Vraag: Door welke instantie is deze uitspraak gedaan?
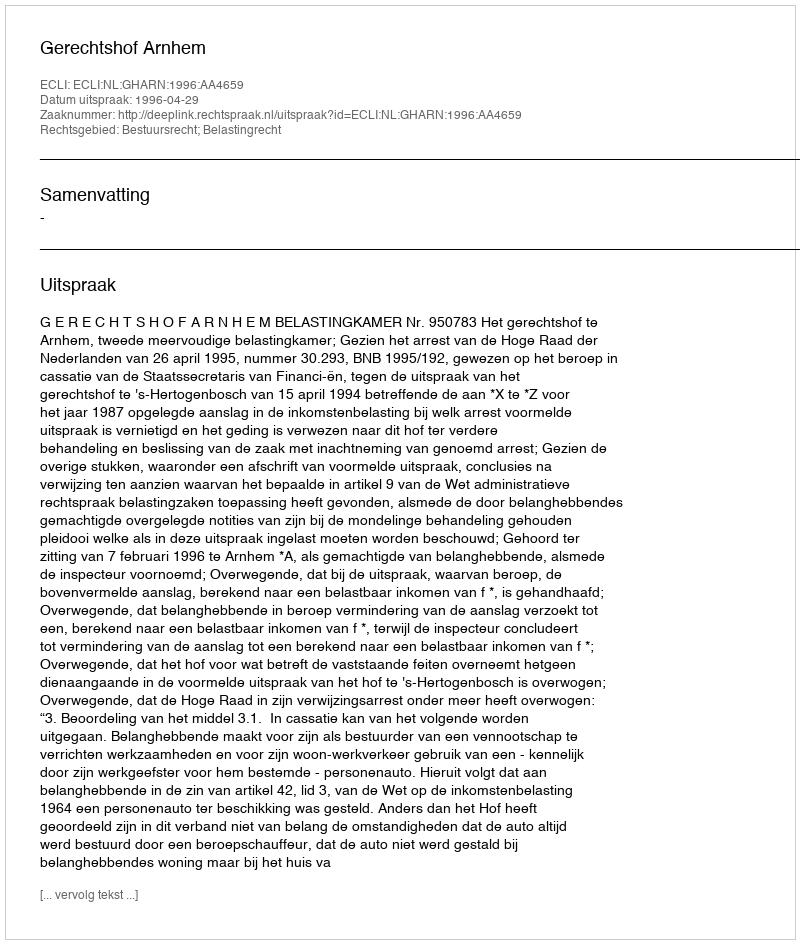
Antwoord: Gerechtshof Arnhem